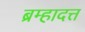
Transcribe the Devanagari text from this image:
ब्रम्हादत्त